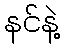
နင်နဲ့